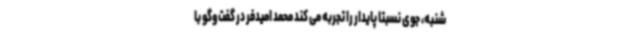
شنبه، جوی نسبتا پایدار را تجربه می کند محمد امیدفر در گفت‌وگو با